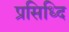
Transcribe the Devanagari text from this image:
प्रसिध्दि